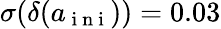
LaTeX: \sigma(\delta(a_{\mathrm{~i~n~i~}}))=0.03